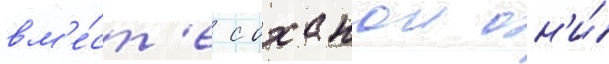
вм'е́ст'е с оханои он'и́